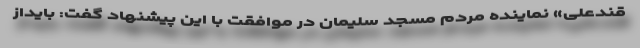
قندعلی» نماینده مردم مسجد سلیمان در موافقت با این پیشنهاد گفت: بایداز